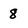
Character: 8